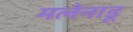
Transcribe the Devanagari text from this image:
मलेनाडू